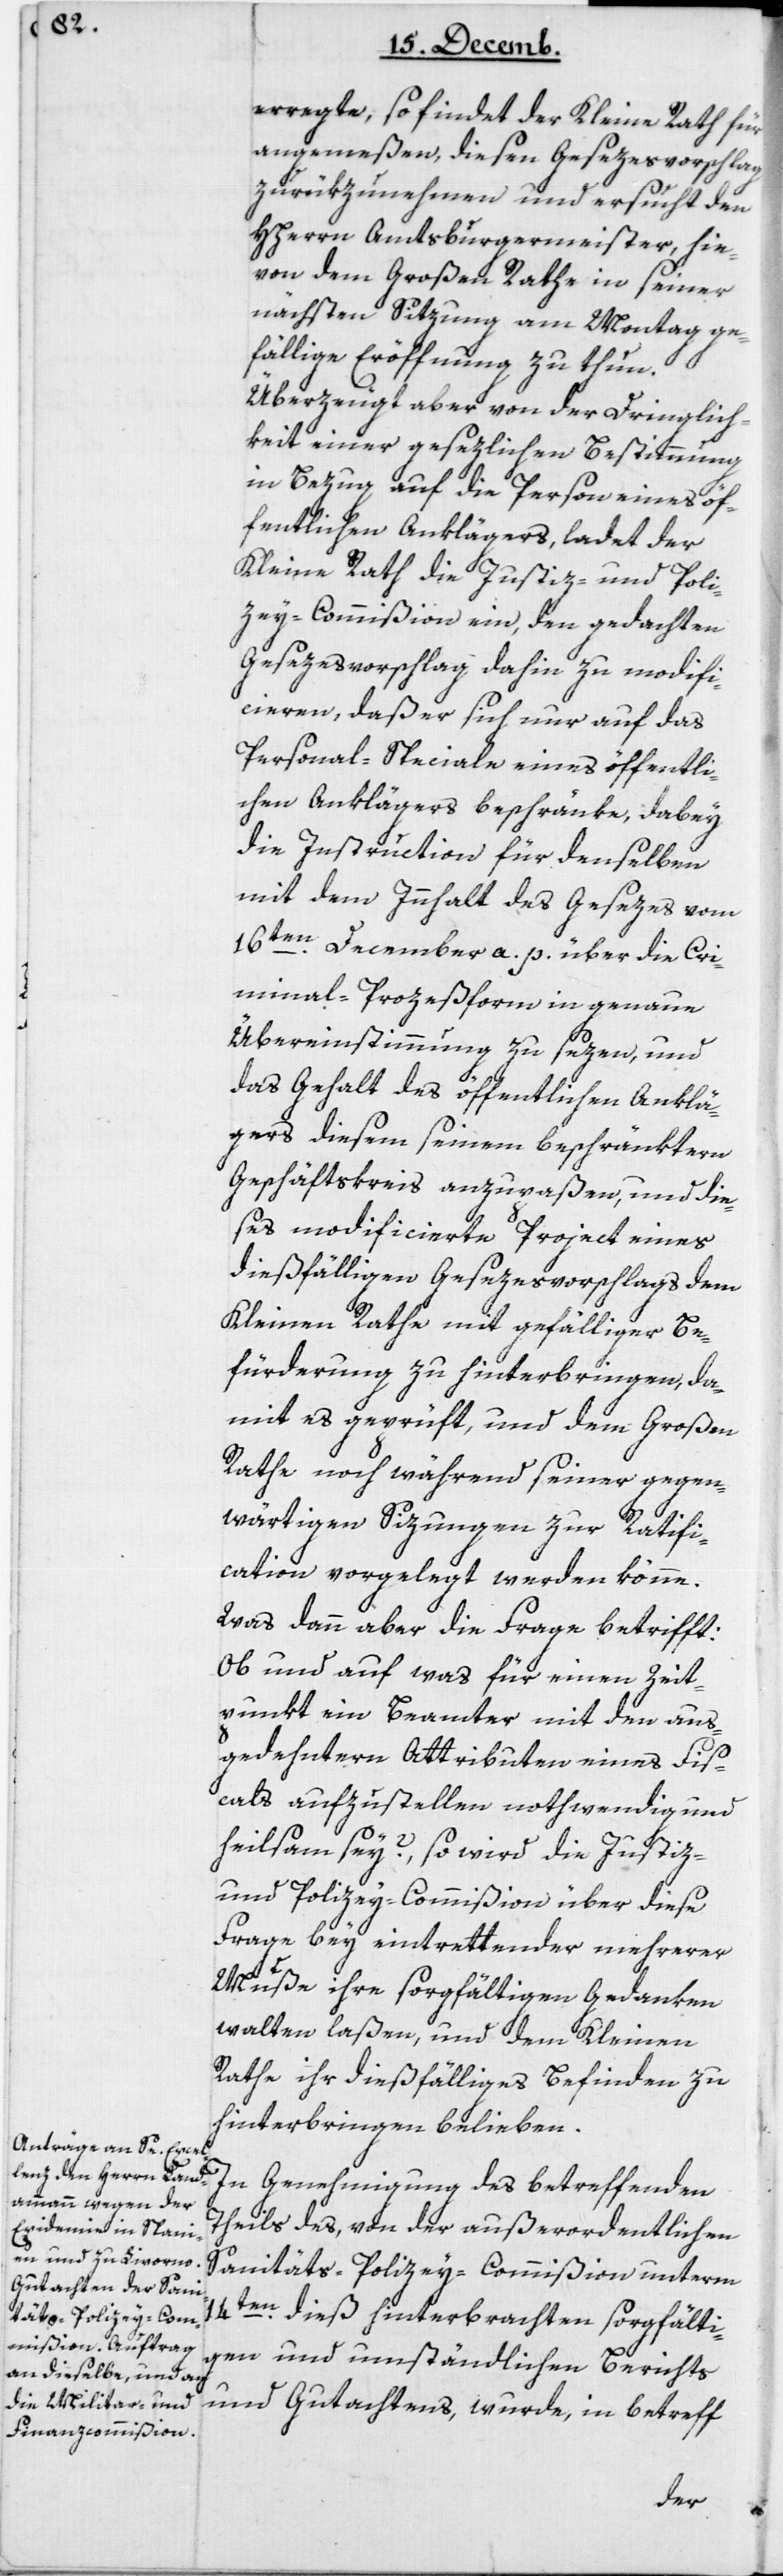
erregte, so findet der Kleine Rath für
angemeßen, diesen Gesezesvorschlag
zurükzunehmen und ersucht den
HHerrn Amtsburgermeister, hie¬
von dem Großen Rathe in seiner
nächsten Sitzung am Montag ge¬
fällige Eröffnung zu thun.
Überzeugt aber von der Dringlich¬
keit einer gesezlichen Bestimmung
in Bezug auf die Person eines öf¬
fentlichen Anklägers, ladet der
Kleine Rath die Justiz- und Poli¬
zey-Commißion ein, den gedachten
Gesezesvorschlag dahin zu modifi¬
cieren, daß er sich nur auf das
Personal-Speciale eines öffentli¬
chen Anklägers beschränke, dabey
die Instruction für denselben
mit dem Innhalt des Gesezes vom
16ten December a. p. über die Cri¬
minal-Prozeßform in genaue
Übereinstimmung zu sezen, und
das Gehalt des öffentlichen Anklä¬
gers diesem seinem beschränktern
Geschäftskreis anzupaßen, und die¬
ses modificierte Project eines
dießfälligen Gesezesvorschlags dem
Kleinen Rathe mit gefälliger Be¬
fürderung zu hinterbringen, da¬
mit es geprüft und dem großen
Rathe noch während seiner gegen¬
wärtigen Sitzungen zur Ratifi¬
cation vorgelegt werden könne.
Was dann aber die Frage betrifft:
Ob und auf was für einen Zeit¬
punkt ein Beamter mit den aus¬
gedehntern Attributen eines Fis¬
cals aufzustellen nothwendig und
heilsam sey? so wird die Justiz-
und Polizey-Commißion über diese
Frage bey eintrettender mehrerer
Muße ihre sorgfältigen Gedanken
walten laßen, und dem Kleinen
Rathe ihr dießfälliges Befinden zu
hinterbringen belieben.
In Genehmigung des betreffenden
Theils des, von der außerordentlichen
Sanitäts-Polizey-Commißion unterm
14ten dieß hinterbrachten sorgfälti¬
gen und umständlichen Berichts-
und Gutachtens, wurde in Betreff